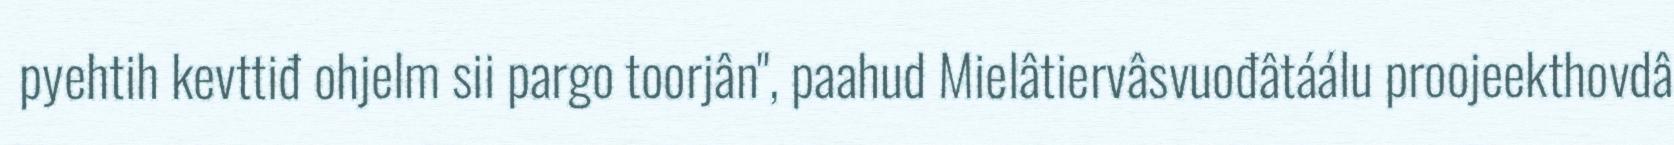
pyehtih kevttiđ ohjelm sii pargo toorjân", paahud Mielâtiervâsvuođâtáálu proojeekthovdâ